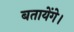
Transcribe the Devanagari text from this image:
बतायेंगे।